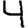
Digit: 4